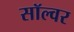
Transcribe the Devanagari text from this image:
सॉल्वर